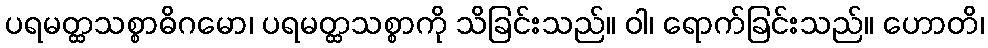
ပရမတ္ထသစ္စာဓိဂမော၊ ပရမတ္ထသစ္စာကို သိခြင်းသည်။ ဝါ၊ ရောက်ခြင်းသည်။ ဟောတိ၊